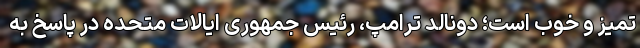
تمیز و خوب است؛ دونالد ترامپ، رئیس جمهوری ایالات متحده در پاسخ به